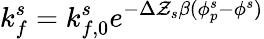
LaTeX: k_{f}^{s}=k_{f,0}^{s}e^{-\Delta\mathcal{Z}_{s}\beta(\phi_{p}^{s}-\phi^{s})}